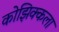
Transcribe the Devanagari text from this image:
कोझिक्कला